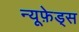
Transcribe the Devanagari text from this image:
न्यूफ़ेड्स